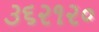
૩૬૨૧૨૦